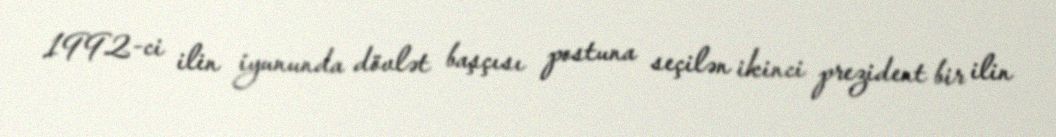
1992-ci ilin iyununda dövlət başçısı postuna seçilən ikinci prezident bir ilin